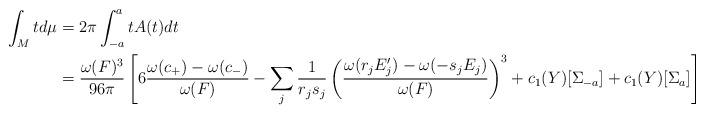
LaTeX: \begin{align*}\int_Mtd\mu&=2\pi\int_{-a}^atA(t)dt\\&=\frac{\omega(F)^3}{96\pi}\left[6\frac{\omega(c_+)-\omega(c_-)}{\omega(F)}-\sum_j\frac{1}{r_js_j}\left(\frac{\omega(r_jE_j')-\omega(-s_jE_j)}{\omega(F)}\right)^3+c_1(Y)[\Sigma_{-a}]+c_1(Y)[\Sigma_a]\right],\end{align*}